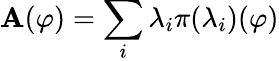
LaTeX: \mathbf{A}(\varphi)=\sum_{i}\lambda_{i}\pi({\lambda_{i}})(\varphi)